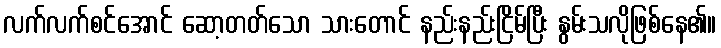
လက်လက်စင်အောင် ဆော့တတ်သော သားတောင် နည်းနည်းငြိမ်ပြီး နွမ်းသလိုဖြစ်နေ၏။